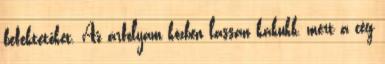
befektetőket. Az árfolyam közben lassan kakukk, mert a cég